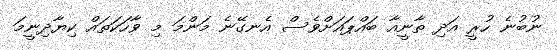
ނުބުނެ ހުރީ އަދި ތާނީއާ ބައްޕައަށްވެސް އެނގޭނެ މަންމަ މި ވާހަކަތައް ކިޔާދިނީމަ